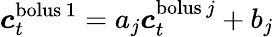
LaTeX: \boldsymbol{c}_{t}^{\textup{bolus}\, 1}=a_{j}\boldsymbol{c}_{t}^{\textup{bolus}\, j}+b_{j}